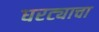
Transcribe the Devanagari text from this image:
घरट्याचा